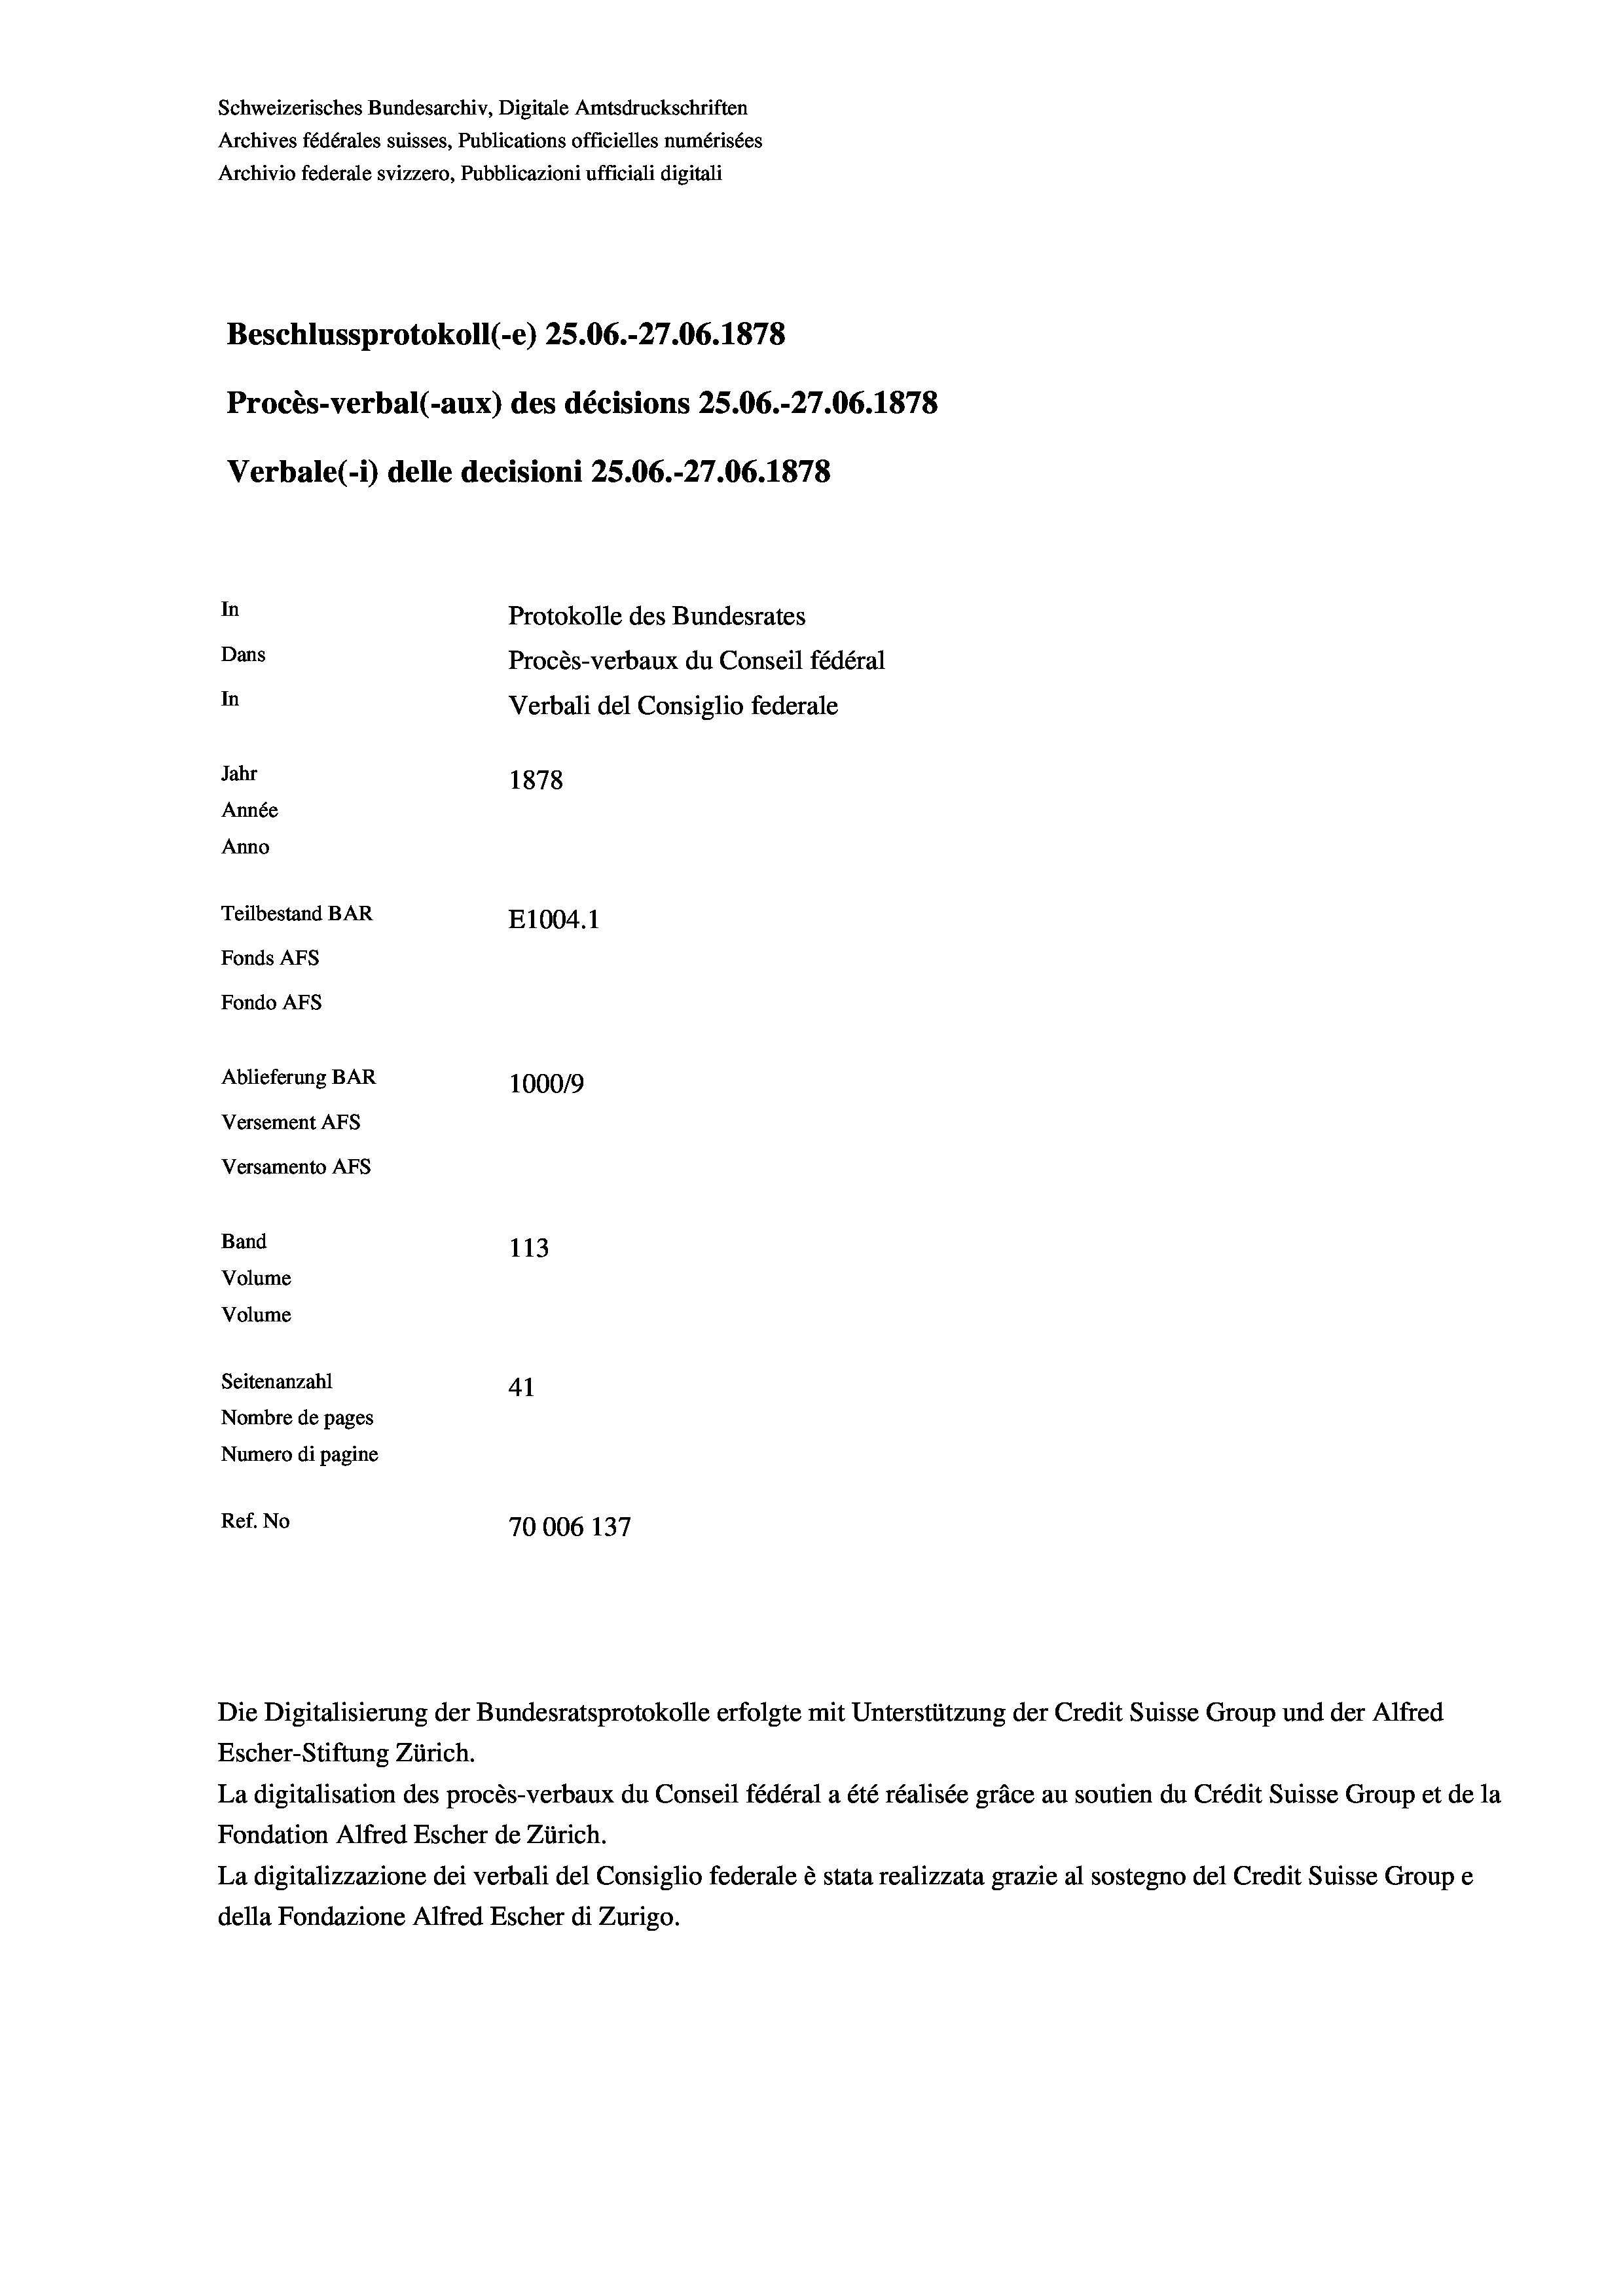
Schweizerisches Bundesarchiv, Digitale Amtsdruckschriften
Archives fédérales suisses, Publications officielles numérisées
Archivio federale svizzero, Pubblicazioni ufficiali digitali
Beschlussprotokoll (e) 25.06.-27.06. 1878
Procès-verbal (-aux) des décisions 25.06.-27.06. 1878
Verbale (i) delle decisioni 25.06.-27.06. 1878
In
Protokolle des Bundesrates
Dans
Procès-verbaux du Conseil fédéral
In
Verbali del Consiglio federale
Jahr
1878
Année
Anno
Teilbestand BAR
E1004. 1
Fonds AFs
Fondo Afs
Ablieferung BAR
100019
Versement AFs
Versamento AFS
Band
113
Volume
Volume
Seitenanzahl
41
Nombre de pages
Numero di pagine
Ref. No
70006 137

Escher-Stiftung Zürich.
La digitalisation des procès-verbaux du Conseil fédéral a été réalisée gräce au soutien du Crédit Suisse Group et de la
Fondation Alfred Escher de Zürich.
La digitalizzazione dei verbali del Consiglio federale è stata realizzata grazie al sostegno del Credit Suisse Groupe
della Fondazione Alfred Escher di Zurigo.

Die Digitalisierung der Bundesratsprotokolle erfolgte mit Unterstützung der Credit Suisse Group und der Alfred